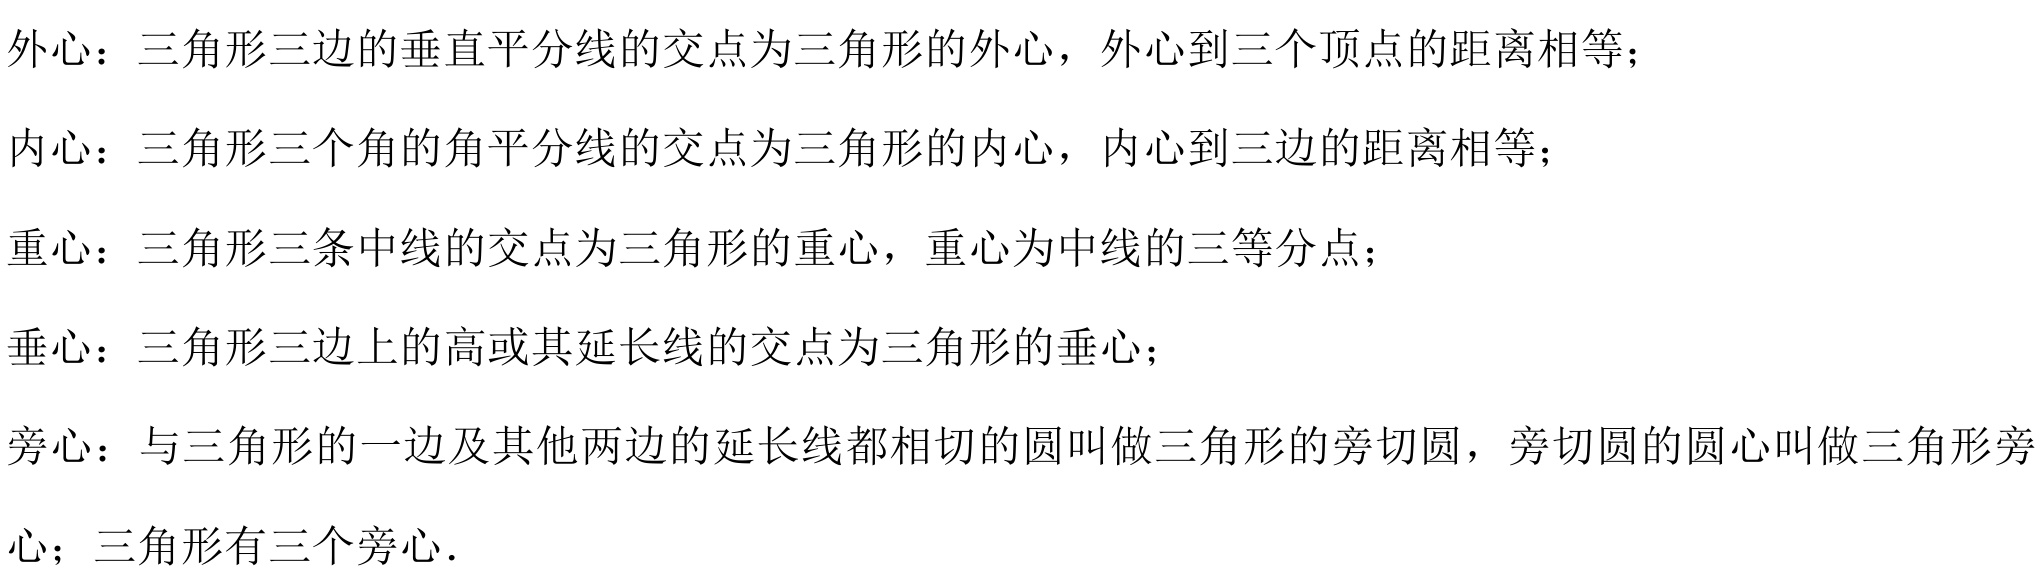
外心：三角形三边的垂直平分线的交点为三角形的外心，外心到三个顶点的距离相等；
内心：三角形三个角的角平分线的交点为三角形的内心，内心到三边的距离相等；
重心：三角形三条中线的交点为三角形的重心，重心为中线的三等分点；
垂心：三角形三边上的高或其延长线的交点为三角形的垂心；
旁心：与三角形的一边及其他两边的延长线都相切的圆叫做三角形的旁切圆，旁切圆的圆心叫做三角形旁
心；三角形有三个旁心.